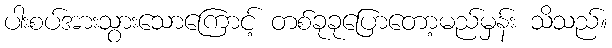
ပါးစပ်အားသွားသောကြောင့် တစ်ခုခုပြောတော့မည်မှန်း သိသည်။